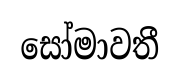
සෝමාවතී